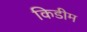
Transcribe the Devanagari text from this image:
किडीम